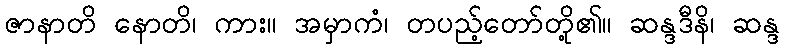
ဇာနာတိ နောတိ၊ ကား။ အမှာကံ၊ တပည့်တော်တို့၏။ ဆန္ဒဒီနိ၊ ဆန္ဒ